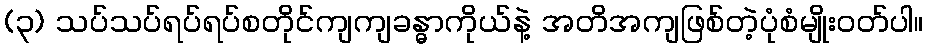
(၃) သပ်သပ်ရပ်ရပ်စတိုင်ကျကျခန္ဓာကိုယ်နဲ့ အတိအကျဖြစ်တဲ့ပုံစံမျိုးဝတ်ပါ။